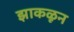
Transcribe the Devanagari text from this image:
झाकळून